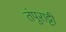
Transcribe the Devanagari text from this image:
तंपुराट्टी